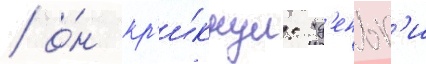
/ о́н кр'и́кнул: "д'еньг'и